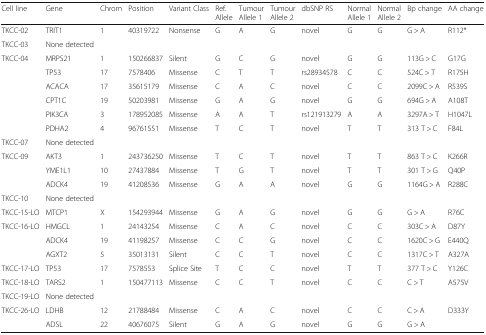
<table><thead><tr><td><b>Cell line</b></td><td><b>Gene</b></td><td><b>Chrom</b></td><td><b>Position</b></td><td><b>Variant Class</b></td><td><b>Ref. Allele</b></td><td><b>Tumour Allele 1</b></td><td><b>Tumour Allele 2</b></td><td><b>dbSNP RS</b></td><td><b>Normal Allele 1</b></td><td><b>Normal Allele 2</b></td><td><b>Bp change</b></td><td><b>AA change</b></td></tr></thead><tbody><tr><td>TKCC-02</td><td>TRIT1</td><td>1</td><td>40319722</td><td>Nonsense</td><td>G</td><td>A</td><td>G</td><td>novel</td><td>G</td><td>G</td><td>G &gt; A</td><td>R112*</td></tr><tr><td>TKCC-03</td><td>None detected</td><td></td><td></td><td></td><td></td><td></td><td></td><td></td><td></td><td></td><td></td><td></td></tr><tr><td>TKCC-04</td><td>MRPS21</td><td>1</td><td>150266837</td><td>Silent</td><td>G</td><td>C</td><td>G</td><td>novel</td><td>G</td><td>G</td><td>113G &gt; C</td><td>G17G</td></tr><tr><td></td><td>TP53</td><td>17</td><td>7578406</td><td>Missense</td><td>C</td><td>T</td><td>T</td><td>rs28934578</td><td>C</td><td>C</td><td>524C &gt; T</td><td>R175H</td></tr><tr><td></td><td>ACACA</td><td>17</td><td>35615179</td><td>Missense</td><td>C</td><td>A</td><td>C</td><td>novel</td><td>C</td><td>C</td><td>2099C &gt; A</td><td>R539S</td></tr><tr><td></td><td>CPT1C</td><td>19</td><td>50203981</td><td>Missense</td><td>G</td><td>A</td><td>G</td><td>novel</td><td>G</td><td>G</td><td>694G &gt; A</td><td>A108T</td></tr><tr><td></td><td>PIK3CA</td><td>3</td><td>178952085</td><td>Missense</td><td>A</td><td>A</td><td>T</td><td>rs121913279</td><td>A</td><td>A</td><td>3297A &gt; T</td><td>H1047L</td></tr><tr><td></td><td>PDHA2</td><td>4</td><td>96761551</td><td>Missense</td><td>T</td><td>C</td><td>T</td><td>novel</td><td>T</td><td>T</td><td>313 T &gt; C</td><td>F84L</td></tr><tr><td>TKCC-07</td><td>None detected</td><td></td><td></td><td></td><td></td><td></td><td></td><td></td><td></td><td></td><td></td><td></td></tr><tr><td>TKCC-09</td><td>AKT3</td><td>1</td><td>243736250</td><td>Missense</td><td>T</td><td>C</td><td>T</td><td>novel</td><td>T</td><td>T</td><td>863 T &gt; C</td><td>K266R</td></tr><tr><td></td><td>YME1L1</td><td>10</td><td>27437884</td><td>Missense</td><td>T</td><td>G</td><td>T</td><td>novel</td><td>T</td><td>T</td><td>301 T &gt; G</td><td>Q40P</td></tr><tr><td></td><td>ADCK4</td><td>19</td><td>41208536</td><td>Missense</td><td>G</td><td>A</td><td>A</td><td>novel</td><td>G</td><td>G</td><td>1164G &gt; A</td><td>R288C</td></tr><tr><td>TKCC-10</td><td>None detected</td><td></td><td></td><td></td><td></td><td></td><td></td><td></td><td></td><td></td><td></td><td></td></tr><tr><td>TKCC-15-LO</td><td>MTCP1</td><td>X</td><td>154293944</td><td>Missense</td><td>G</td><td>A</td><td>G</td><td>novel</td><td>G</td><td>G</td><td>G &gt; A</td><td>R76C</td></tr><tr><td>TKCC-16-LO</td><td>HMGCL</td><td>1</td><td>24143254</td><td>Missense</td><td>C</td><td>A</td><td>C</td><td>novel</td><td>C</td><td>C</td><td>303C &gt; A</td><td>D87Y</td></tr><tr><td></td><td>ADCK4</td><td>19</td><td>41198257</td><td>Missense</td><td>C</td><td>C</td><td>G</td><td>novel</td><td>C</td><td>C</td><td>1620C &gt; G</td><td>E440Q</td></tr><tr><td></td><td>AGXT2</td><td>5</td><td>35013131</td><td>Silent</td><td>C</td><td>C</td><td>T</td><td>novel</td><td>C</td><td>C</td><td>1317C &gt; T</td><td>A327A</td></tr><tr><td>TKCC-17-LO</td><td>TP53</td><td>17</td><td>7578553</td><td>Splice Site</td><td>T</td><td>C</td><td>C</td><td>novel</td><td>T</td><td>T</td><td>377 T &gt; C</td><td>Y126C</td></tr><tr><td>TKCC-18-LO</td><td>TARS2</td><td>1</td><td>150477113</td><td>Missense</td><td>C</td><td>C</td><td>T</td><td>novel</td><td>C</td><td>C</td><td>C &gt; T</td><td>A575V</td></tr><tr><td>TKCC-19-LO</td><td>None detected</td><td></td><td></td><td></td><td></td><td></td><td></td><td></td><td></td><td></td><td></td><td></td></tr><tr><td>TKCC-26-LO</td><td>LDHB</td><td>12</td><td>21788484</td><td>Missense</td><td>C</td><td>A</td><td>C</td><td>novel</td><td>C</td><td>C</td><td>C &gt; A</td><td>D333Y</td></tr><tr><td></td><td>ADSL</td><td>22</td><td>40676075</td><td>Silent</td><td>G</td><td>A</td><td>G</td><td>novel</td><td>G</td><td>G</td><td>G &gt; A</td><td></td></tr></tbody></table>